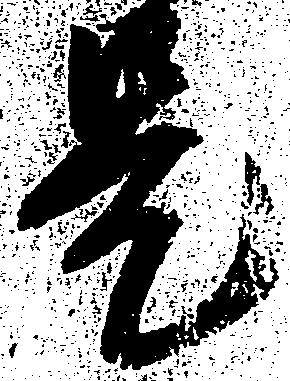
是